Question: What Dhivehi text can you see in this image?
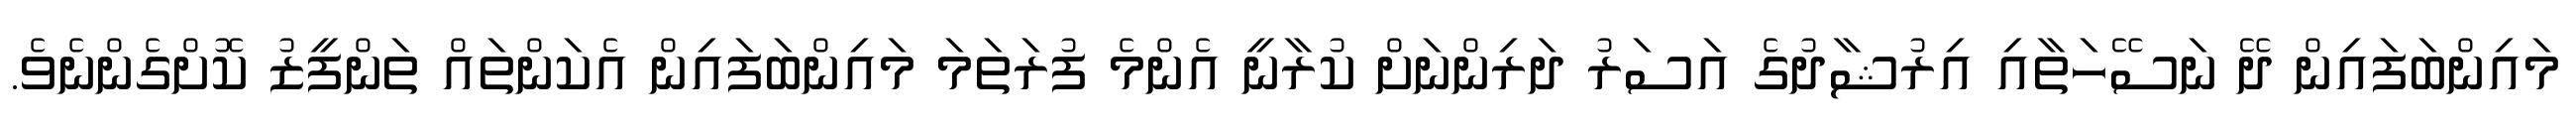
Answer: މައިންބަފައިން ދޭ ނަސޭހަތާއި އިރުޝާދުގެ އަސަރު ދަރިންނަށް ކުރާނީ އެންމެ ފުރަތަމަ މައިންބަފައިން އެކަންތައް ތަންފީޒު ކޮށްގެންނެވެ.